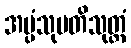
အပ္ပံသုပတိသုတ္တံ